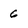
Character: 6